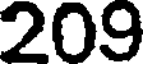
209